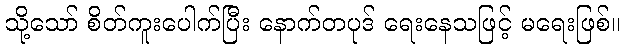
သို့သော် စိတ်ကူးပေါက်ပြီး နောက်တပုဒ် ရေးနေသဖြင့် မရေးဖြစ်။